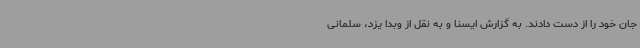
جان خود را از دست دادند. به گزارش ایسنا و به نقل از وبدا یزد، سلمانی